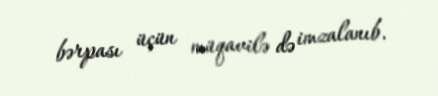
bərpası üçün müqavilə də imzalanıb.